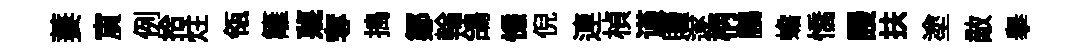
萋賔例拾炷瓴籬蔑奪搗鄒輪鴿慊倪連楨谨贖遂柄鵬蟾憍謾扶塗敵舉